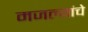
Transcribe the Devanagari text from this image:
मजल्यांचे